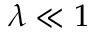
\lambda \ll 1